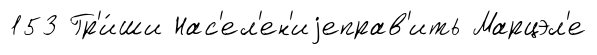
153 Гр'и́ши Нас'ел'ен'иjеправ'ить Марцэл'е